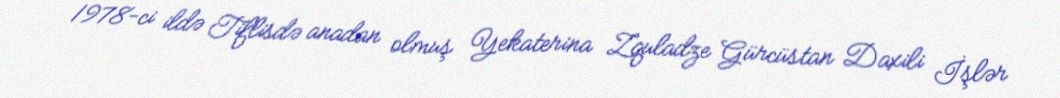
1978-ci ildə Tiflisdə anadan olmuş Yekaterina Zquladze Gürcüstan Daxili İşlər